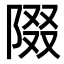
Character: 𨺝